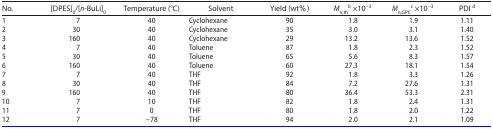
<table><thead><tr><td><b>No.</b></td><td><b>[DPES]<sub>0</sub>/[<i>n</i>-BuLi]<sub>0</sub></b></td><td><b>Temperature (°C)</b></td><td><b>Solvent</b></td><td><b>Yield (wt%)</b></td><td><b><i>M</i><sub>n,th</sub><sup>b</sup> ×10<sup>−3</sup></b></td><td><b><i>M</i><sub>n,GPC</sub><sup>c</sup> ×10<sup>−3</sup></b></td><td><b>PDI <sup>d</sup></b></td></tr></thead><tbody><tr><td>1</td><td>7</td><td>40</td><td>Cyclohexane</td><td>90</td><td>1.8</td><td>1.9</td><td>1.11</td></tr><tr><td>2</td><td>30</td><td>40</td><td>Cyclohexane</td><td>35</td><td>3.0</td><td>3.1</td><td>1.40</td></tr><tr><td>3</td><td>160</td><td>40</td><td>Cyclohexane</td><td>29</td><td>13.2</td><td>13.6</td><td>1.52</td></tr><tr><td>4</td><td>7</td><td>40</td><td>Toluene</td><td>87</td><td>1.8</td><td>2.3</td><td>1.52</td></tr><tr><td>5</td><td>30</td><td>40</td><td>Toluene</td><td>65</td><td>5.6</td><td>8.3</td><td>1.57</td></tr><tr><td>6</td><td>160</td><td>40</td><td>Toluene</td><td>60</td><td>27.3</td><td>18.1</td><td>1.54</td></tr><tr><td>7</td><td>7</td><td>40</td><td>THF</td><td>92</td><td>1.8</td><td>3.3</td><td>1.26</td></tr><tr><td>8</td><td>30</td><td>40</td><td>THF</td><td>84</td><td>7.2</td><td>27.6</td><td>1.31</td></tr><tr><td>9</td><td>160</td><td>40</td><td>THF</td><td>80</td><td>36.4</td><td>53.3</td><td>2.31</td></tr><tr><td>10</td><td>7</td><td>10</td><td>THF</td><td>82</td><td>1.8</td><td>2.4</td><td>1.31</td></tr><tr><td>11</td><td>7</td><td>0</td><td>THF</td><td>80</td><td>1.8</td><td>2.0</td><td>1.22</td></tr><tr><td>12</td><td>7</td><td>−78</td><td>THF</td><td>94</td><td>2.0</td><td>2.1</td><td>1.09</td></tr></tbody></table>